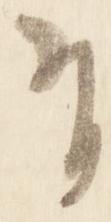
有